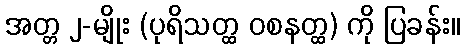
အတ္တ ၂-မျိုး (ပုရိသတ္ထ ဝစနတ္ထ) ကို ပြခန်း။